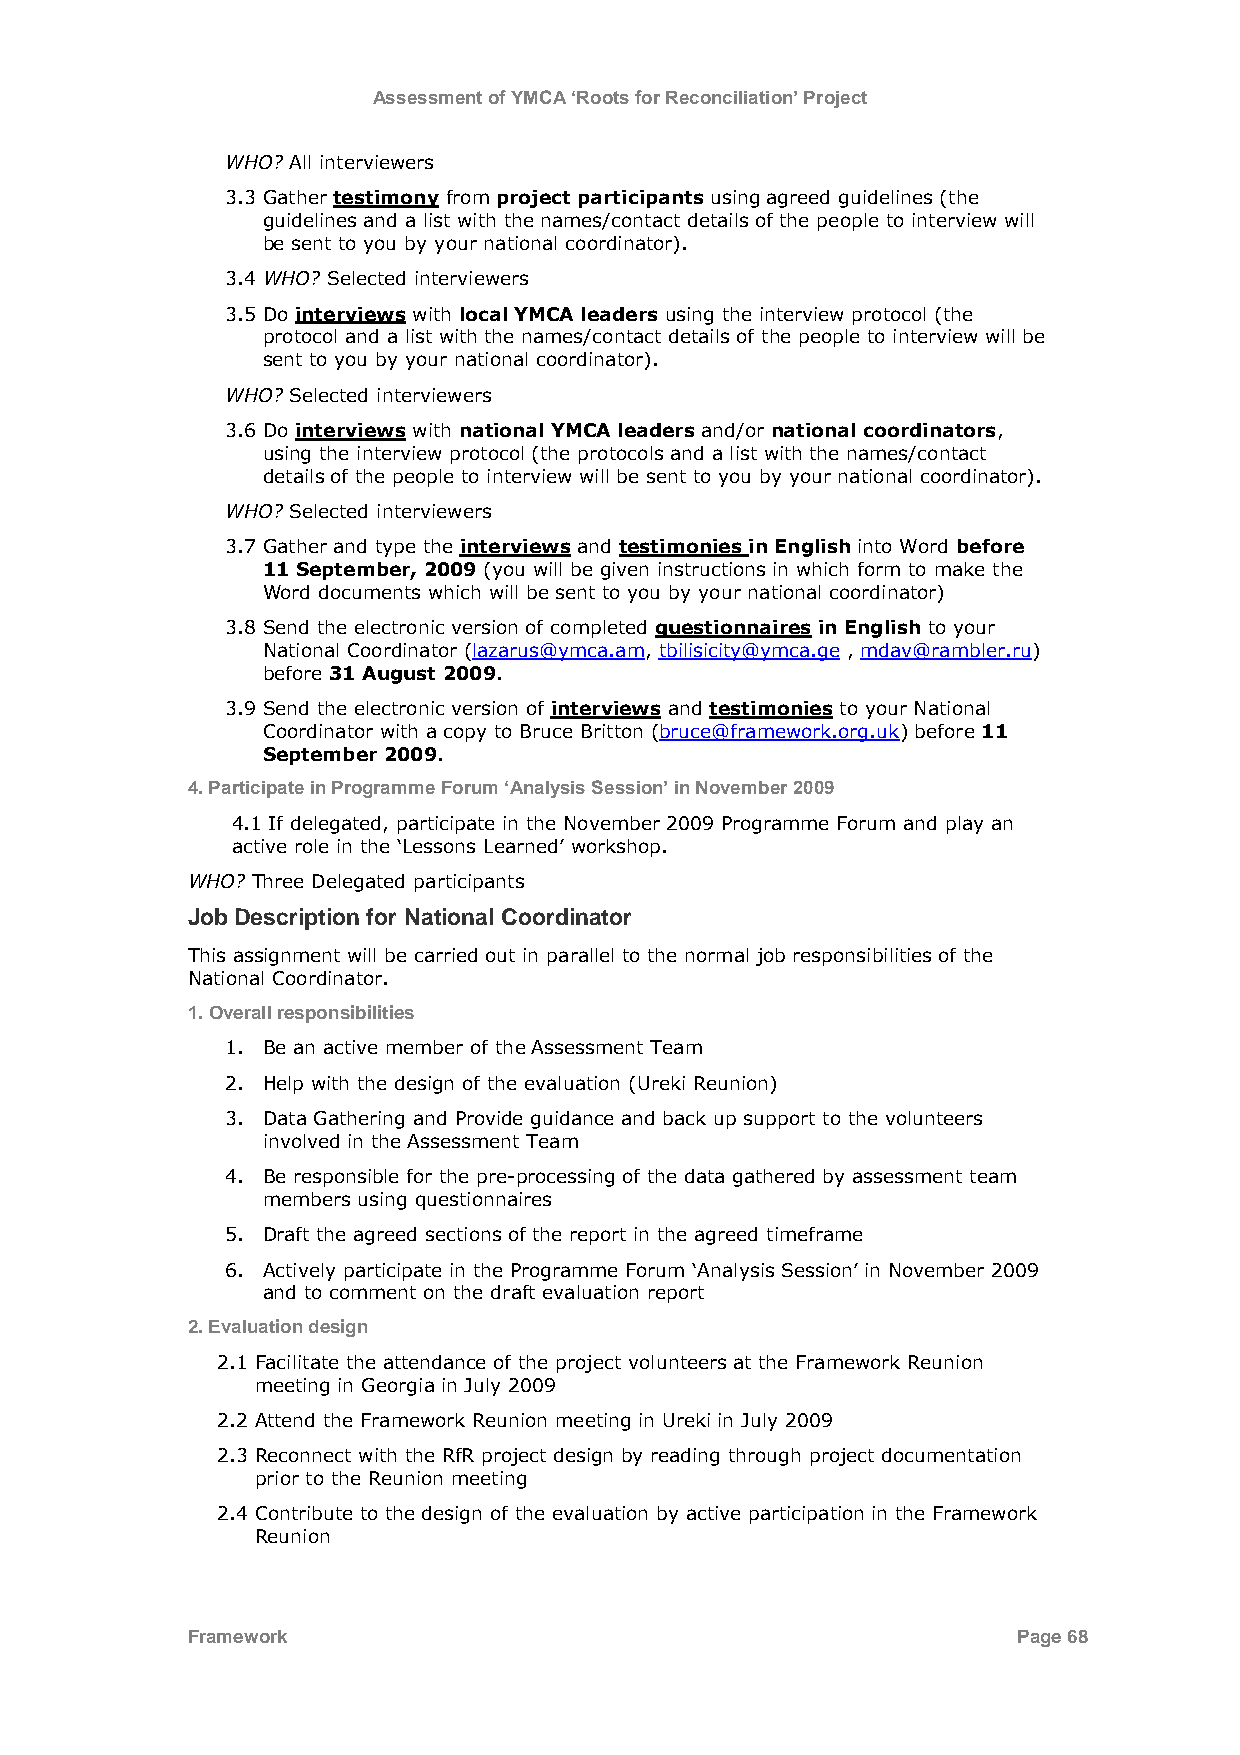
Assessment of YMCA ‘Roots for Reconciliation’ Project
 WHO? All interviewers
 3.3 Gather testimony from project participants using agreed guidelines (the
 guidelines and a list with the names/contact details of the people to interview will
 be sent to you by your national coordinator).
 3.4 WHO? Selected interviewers
 3.5 Do interviews with local YMCA leaders using the interview protocol (the
 protocol and a list with the names/contact details of the people to interview will be
 sent to you by your national coordinator).
 WHO? Selected interviewers
 3.6 Do interviews with national YMCA leaders and/or national coordinators,
 using the interview protocol (the protocols and a list with the names/contact
 details of the people to interview will be sent to you by your national coordinator).
 WHO? Selected interviewers
 3.7 Gather and type the interviews and testimonies in English into Word before
 11 September, 2009 (you will be given instructions in which form to make the
 Word documents which will be sent to you by your national coordinator)
 3.8 Send the electronic version of completed questionnaires in English to your
 National Coordinator (lazarus@ymca.am, tbilisicity@ymca.ge , mdav@rambler.ru)
 before 31 August 2009.
 3.9 Send the electronic version of interviews and testimonies to your National
 Coordinator with a copy to Bruce Britton (bruce@framework.org.uk) before 11
 September 2009.
 4. Participate in Programme Forum ‘Analysis Session’ in November 2009
 4.1 If delegated, participate in the November 2009 Programme Forum and play an
 active role in the „Lessons Learned‟ workshop.
 WHO? Three Delegated participants
 Job Description for National Coordinator
 This assignment will be carried out in parallel to the normal job responsibilities of the
 National Coordinator.
 1. Overall responsibilities
 1. Be an active member of the Assessment Team
 2. Help with the design of the evaluation (Ureki Reunion)
 3. Data Gathering and Provide guidance and back up support to the volunteers
 involved in the Assessment Team
 4. Be responsible for the pre-processing of the data gathered by assessment team
 members using questionnaires
 5. Draft the agreed sections of the report in the agreed timeframe
 6. Actively participate in the Programme Forum „Analysis Session‟ in November 2009
 and to comment on the draft evaluation report
 2. Evaluation design
 2.1 Facilitate the attendance of the project volunteers at the Framework Reunion
 meeting in Georgia in July 2009
 2.2 Attend the Framework Reunion meeting in Ureki in July 2009
 2.3 Reconnect with the RfR project design by reading through project documentation
 prior to the Reunion meeting
 2.4 Contribute to the design of the evaluation by active participation in the Framework
 Reunion
 Framework                                              Page 68